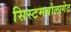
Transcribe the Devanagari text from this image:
सिस्टमबोलागेट